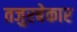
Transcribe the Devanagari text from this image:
तजुरबेकार